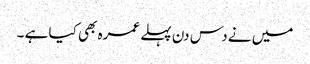
میں نے دس دن پہلے عمرہ بھی کیا ہے ۔